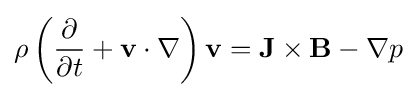
\rho \left({\frac {\partial }{\partial t}}+\mathbf {v} \cdot \nabla \right)\mathbf {v} =\mathbf {J} \times \mathbf {B} -\nabla p